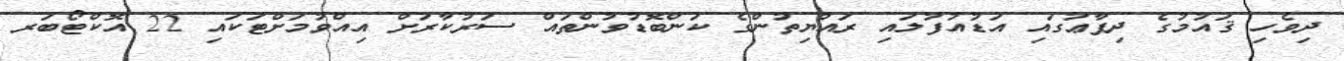
ދިވެހި ޤައުމުގެ ދިފާޢުގައި އަޑުއުފުލައި ރައްޔިތުންގެ ކަންބޮޑުވުންތައް ސަރުކާރަށް އިއްވުމަށްޓަކައި 22 އޮކްޓޯބަރ